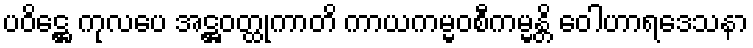
ပဝိဋ္ဌေ ကုလပေ အဋ္ဌဝတ္ထုကာတိ ကာယကမ္မဝစီကမ္မန္တိ ဝေါဟာရဒေသနာ